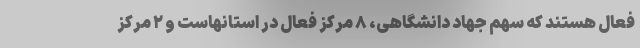
فعال هستند که سهم جهاد دانشگاهی، ۸ مرکز فعال در استانهاست و ۲ مرکز